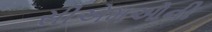
સીએમઓની